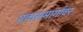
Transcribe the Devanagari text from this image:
प्रवासमार्गावर